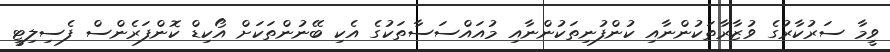
ވީމާ ސަރުކާރުގެ ވުޒާރާތަކުންނާއި ކުންފުނިތަކުންނާއި މުއައްސަސާތަކުގެ އެކި ބޭނުންތަކަށް އޯކިޑް ކޮންފަރެންސް ފެސިލިޓީ